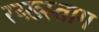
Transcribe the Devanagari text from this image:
रय्ख़्स्ताग